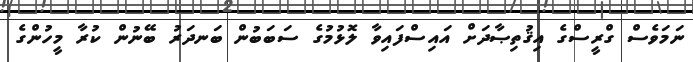
ނަމަވެސް ގްރީސްގެ އިޤުތިޞާދަށް އައިސްފައިވާ ލޮޅުމުގެ ސަބަބުން ބަނދަރު ބޭނުން ކުރާ މީހުންގެ